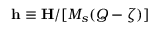
\mathbf { h } \equiv \mathbf { H } / [ M _ { s } ( Q - \zeta ) ]